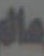
عالم